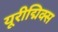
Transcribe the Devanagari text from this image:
यूरीद्मिक्स